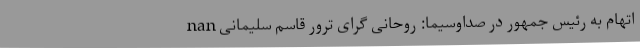
nan اتهام به رئیس جمهور در صداوسیما: روحانی گرای ترور قاسم سلیمانی